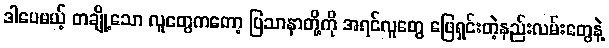
ဒါပေမယ့် တချို့သော လူတွေကတော့ ပြသာနာတို့ကို အရင်လူတွေ ဖြေရှင်းတဲ့နည်းလမ်းတွေနဲ့